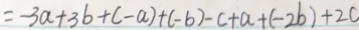
= - 3 a + 3 b + ( - a ) + ( - b ) - c + a + ( - 2 b ) + 2 c